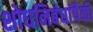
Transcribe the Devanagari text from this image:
शोधनिबंधांपैकी